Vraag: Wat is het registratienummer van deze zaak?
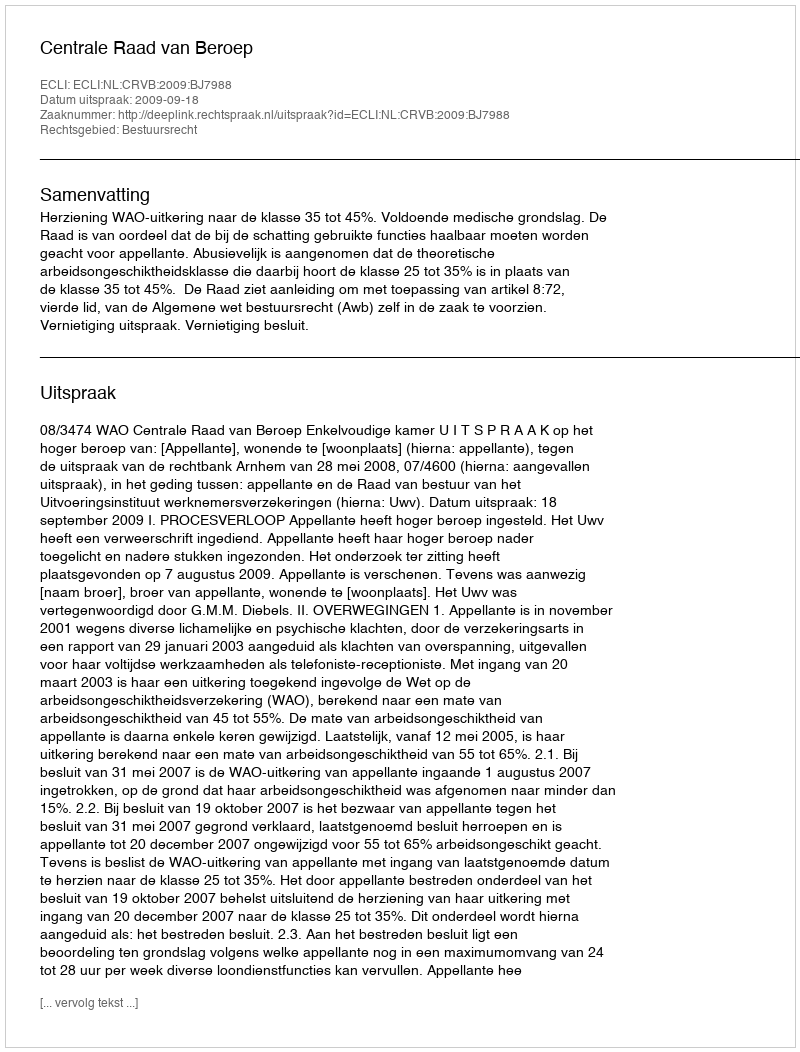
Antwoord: http://deeplink.rechtspraak.nl/uitspraak?id=ECLI:NL:CRVB:2009:BJ7988